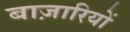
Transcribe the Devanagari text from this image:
बाज़ारियों